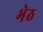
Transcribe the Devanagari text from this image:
भेठ